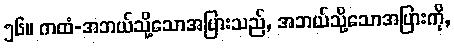
၅၆။ ကထံ-အဘယ်သို့သောအပြားသည်, အဘယ်သို့သောအပြားကို,